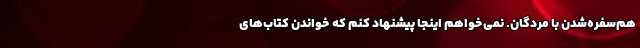
هم‌سفره‌شدن با مردگان. نمی‌خواهم اینجا پیشنهاد کنم که خواندن کتاب‌های